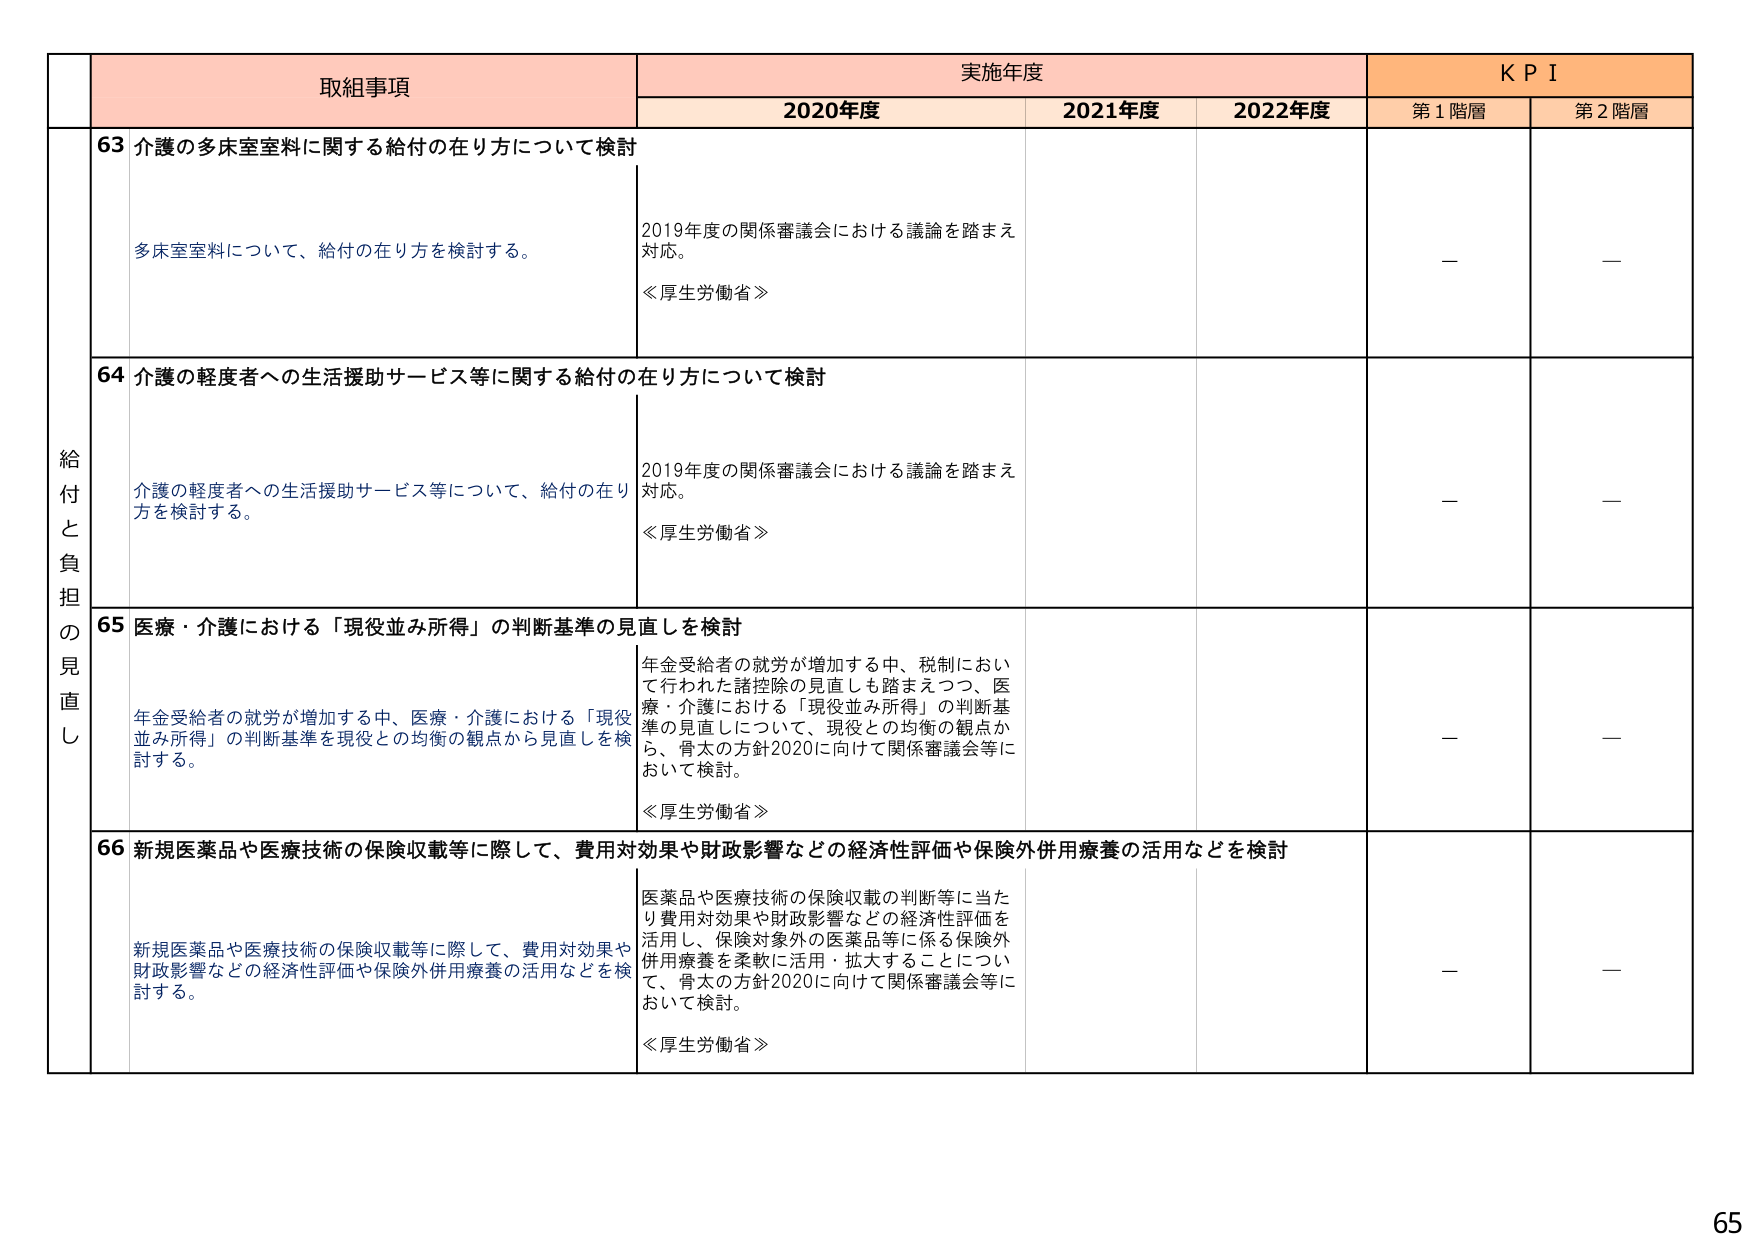
取組事項 実施年度 K P I
2020年度 2021年度 2022年度 第1階層 第2階層

給付と負担の見直し
63 介護の多床室室料に関する給付の在り方について検討
多床室室料について、給付の在り方を検討する。
2019年度の関係審議会における議論を踏まえ対応。
≪厚生労働省≫
— —

64 介護の軽度者への生活援助サービス等に関する給付の在り方について検討
介護の軽度者への生活援助サービス等について、給付の在り方を検討する。
2019年度の関係審議会における議論を踏まえ対応。
≪厚生労働省≫
— —

65 医療・介護における「現役並み所得」の判断基準の見直しを検討
年金受給者の就労が増加する中、医療・介護における「現役並み所得」の判断基準を現役との均衡の観点から見直しを検討する。
年金受給者の就労が増加する中、税制において行われた諸控除の見直しも踏まえつつ、医療・介護における「現役並み所得」の判断基準の見直しについて、現役との均衡の観点から、骨太の方針2020に向けて関係審議会等において検討。
≪厚生労働省≫
— —

66 新規医薬品や医療技術の保険収載等に際して、費用対効果や財政影響などの経済性評価や保険外併用療養の活用などを検討
新規医薬品や医療技術の保険収載等に際して、費用対効果や財政影響などの経済性評価や保険外併用療養の活用などを検討する。
医薬品や医療技術の保険収載の判断等に当たり費用対効果や財政影響などの経済性評価を活用し、保険対象外の医薬品等に係る保険外併用療養を柔軟に活用・拡大することについて、骨太の方針2020に向けて関係審議会等において検討。
≪厚生労働省≫
— —

65